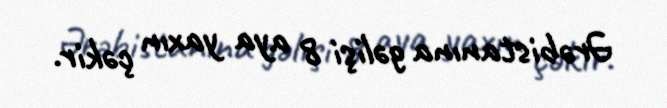
Ərəbistanına gəlişi 8 aya yaxın çəkir.